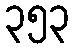
၃၅၃